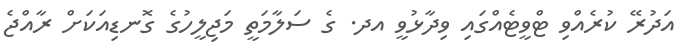
އަދުރޭ ކުރެއްވި ޓްވީޓެއްގައި ވިދާޅުވީ އދ. ގެ ސަލާމަތީ މަޖިލީހުގެ ގޮނޑިއަކަށް ރާއްޖެ